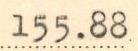
155.88